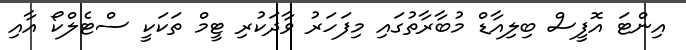
އިންޓަ އޮފީސް ބިލިއާޑް މުބާރާތުގައި މިފަހަރު ވާދަކުރި ޓީމް ތަކަކީ ސްޓެލްކޯ އާއި